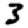
Digit: 3